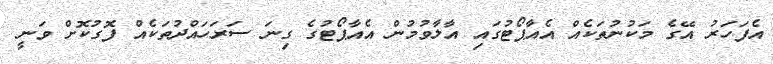
އެފަހަރު އޭގެ މަކުނުތަކެއް އެއާޕޯޓުގައި އާލާވުމުން އެއާޕޯޓުގެ ގިނަ ސަރަހައްދުތަކެއް ފޮގުކޮށް ވަނީ